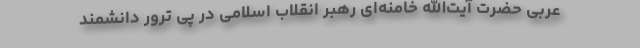
عربی حضرت آیت‌الله خامنه‌ای رهبر انقلاب اسلامی در پی ترور دانشمند